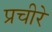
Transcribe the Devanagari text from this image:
प्रचीरे